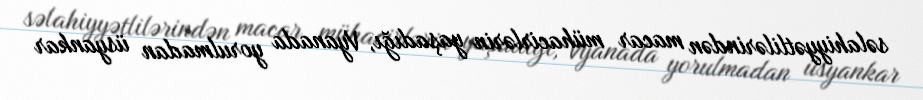
səlahiyyətlilərindən macar mühacirlərin yaşadığı, Vyanada yorulmadan üsyankar